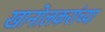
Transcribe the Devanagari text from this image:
खानोलकरांच्या